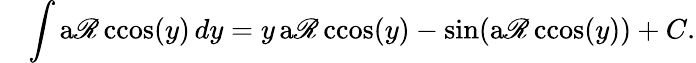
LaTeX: \quad\int\operatorname{a\mathscr{R}ccos}(y)\, dy=y\operatorname{a\mathscr{R}ccos}(y)-\sin(\operatorname{a\mathscr{R}ccos}(y))+C.